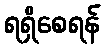
ရရှိစေရန်